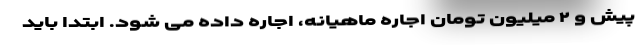
پیش و ۲ میلیون تومان اجاره ماهیانه، اجاره داده می شود. ابتدا باید